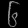
Digit: ၆